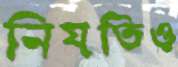
নিয়তিও